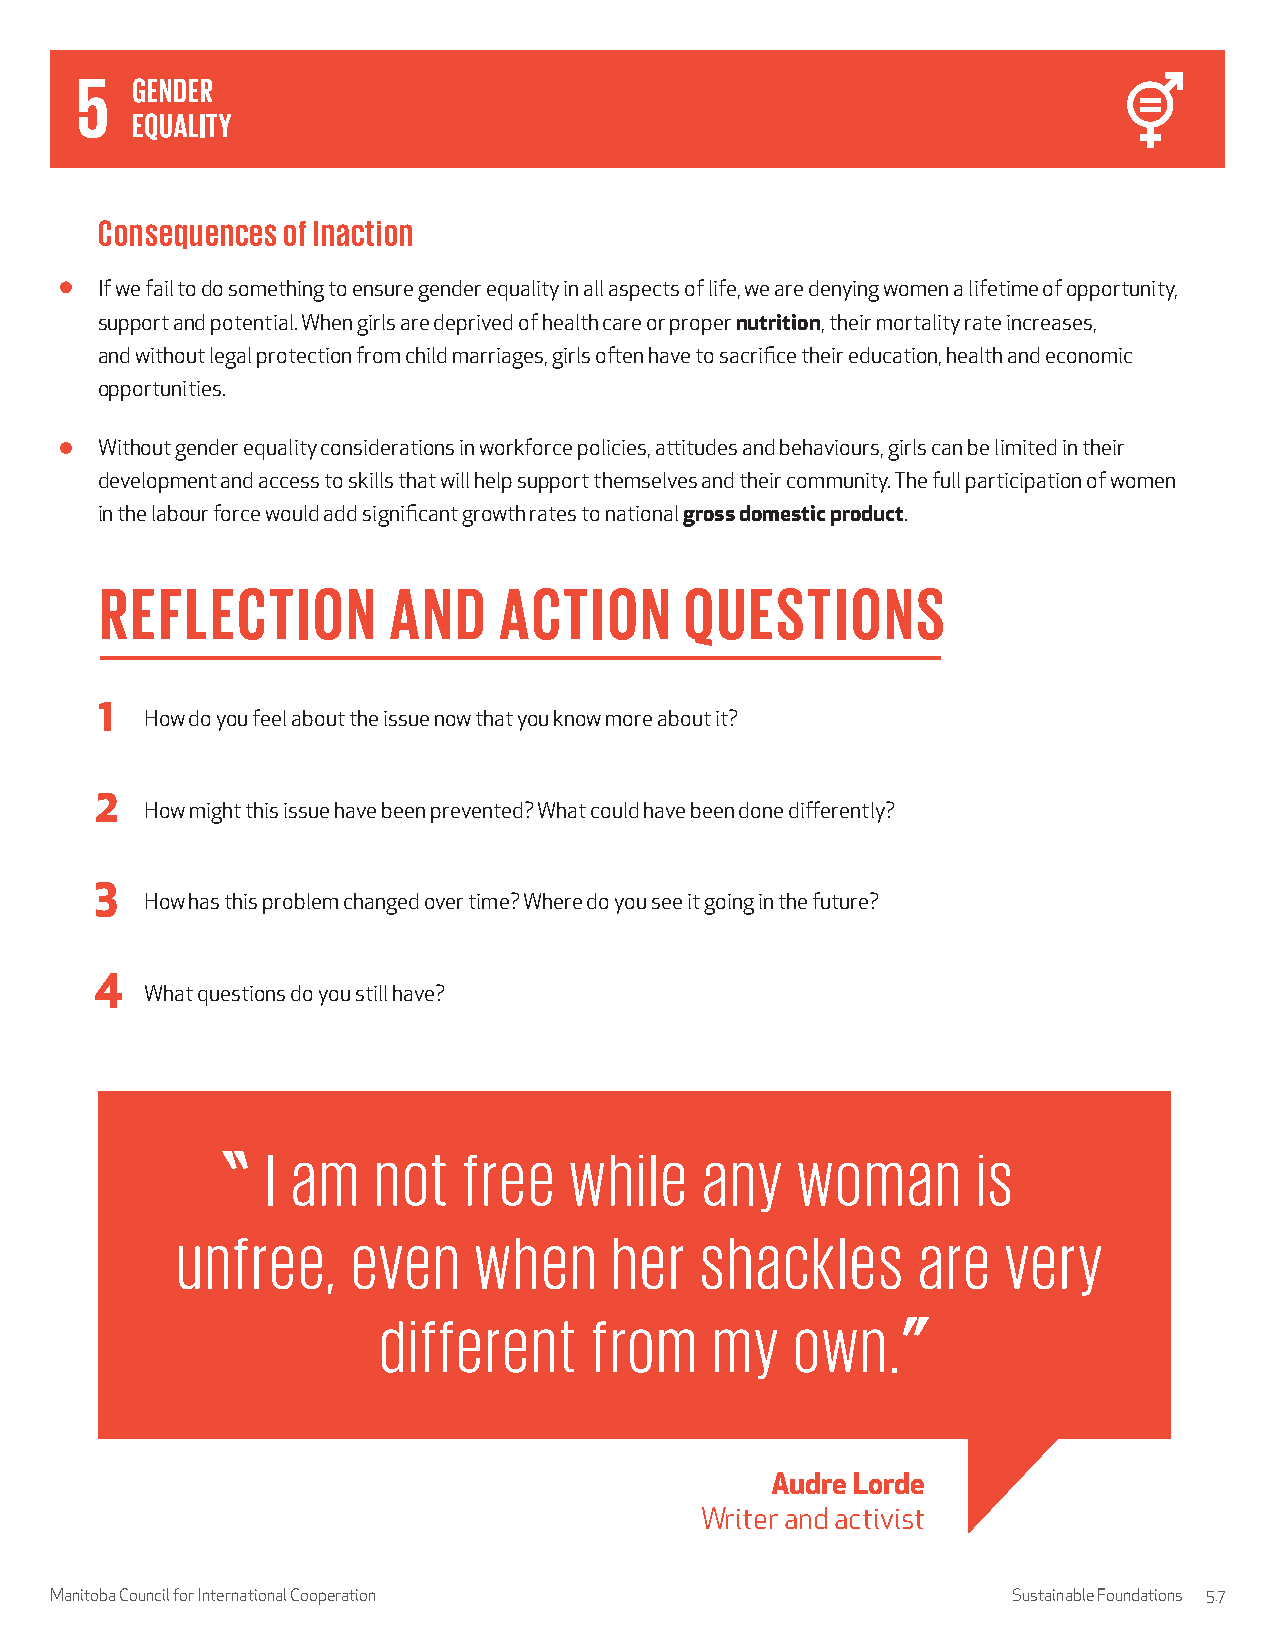
Consequences of Inaction
 If we fail to do something to ensure gender equality in all aspects of life, we are denying women a lifetime of opportunity,
 support and potential. When girls are deprived of health care or proper nutrition, their mortality rate increases,
 and without legal protection from child marriages, girls often have to sacrifice their education, health and economic
 opportunities.
 Without gender equality considerations in workforce policies, attitudes and behaviours, girls can be limited in their
 development and access to skills that will help support themselves and their community. The full participation of women
 in the labour force would add significant growth rates to national gross domestic product.
 REFLECTION         AND    ACTION      QUESTIONS
 1
 How do you feel about the issue now that you know more about it?
 2
 How might this issue have been prevented? What could have been done differently?
 3
 How has this problem changed over time? Where do you see it going in the future?
 4
 What questions do you still have?
 I am   not   free   while    any   woman       is
 unfree,    even    when      her  shackles       are   very
 different     from    my    own.
 Audre Lorde
 Writer and activist
 Manitoba Council for International Cooperation                  Sustainable Foundations 5.7